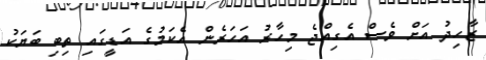
ޒާހިދު އަށް ވެސް އެގިއްޖެ މިހާރު އަހަރެން އެކަމުގެ އަޑީގައި ތިބި ބަޔަކު